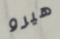
هيرو